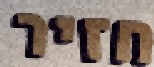
חזיר